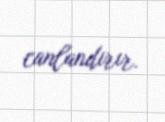
canlandırır.